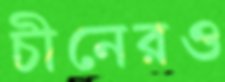
চীনেরও